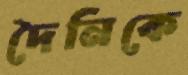
দৈনিকে